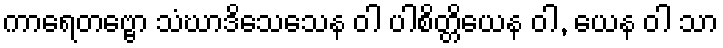
ကာရေတဗ္ဗော သံဃာဒိသေသေန ဝါ ပါစိတ္တိယေန ဝါ, ယေန ဝါ သာ